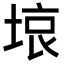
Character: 𭎳